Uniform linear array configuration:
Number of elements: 48
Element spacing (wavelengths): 0.5
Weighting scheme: blackman
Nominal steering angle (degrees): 15
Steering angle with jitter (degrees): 16.363
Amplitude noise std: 0.05
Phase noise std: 0.05

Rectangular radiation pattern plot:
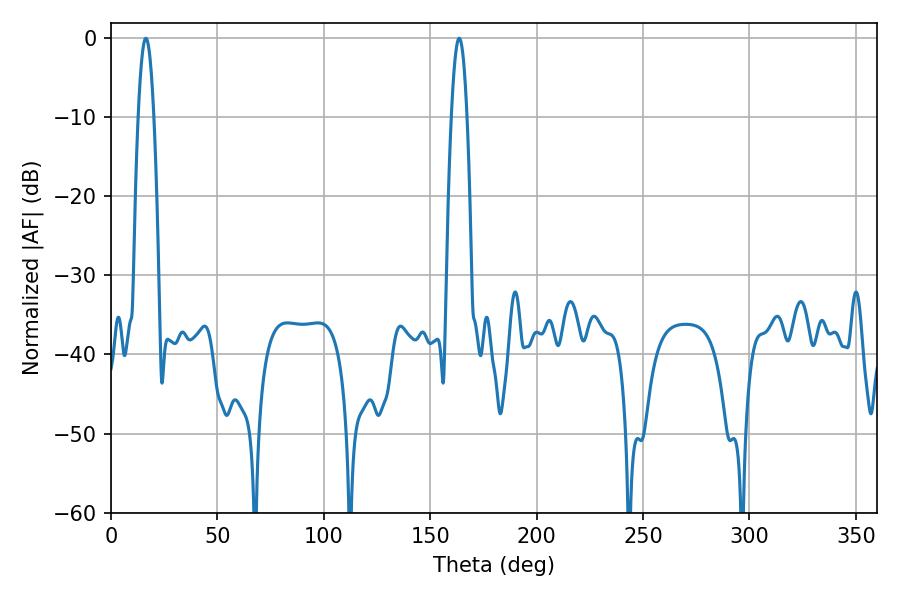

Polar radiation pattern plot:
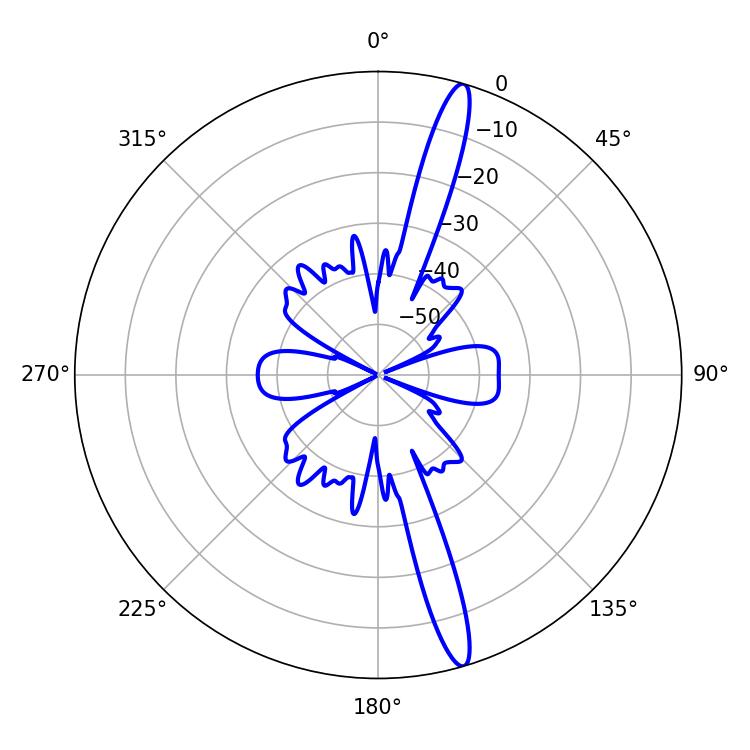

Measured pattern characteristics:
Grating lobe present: FALSE
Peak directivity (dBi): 16.66
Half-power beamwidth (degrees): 3.96
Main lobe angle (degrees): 16.38